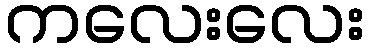
ကလေးလေး